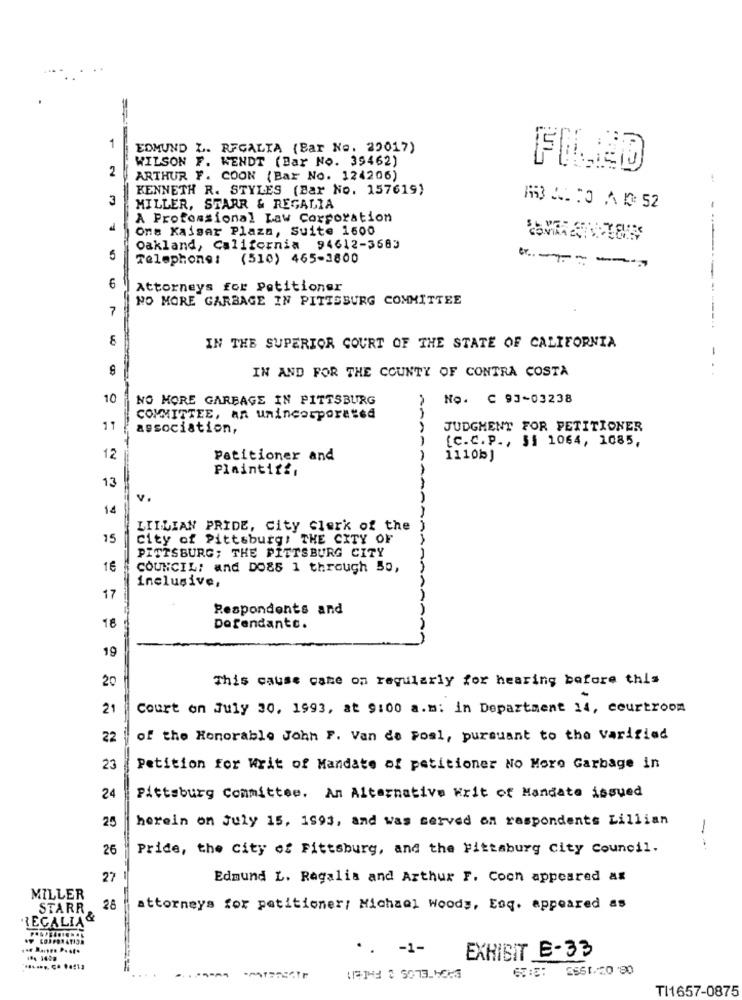
1
EDMUND L. RFGALIA (Bar No. 22017)
WILSON F. WENDT (Bar No. 39462)
2
FILED
ARTHUR F. COON (Bar No. 124206)
KENNETH R. STYLES (Bar No. 157619)
3
MILLER, STARR & REGALIA
ACTO AD 52
A Professional Law Corporation
Ons Kaiser Plaza, Suite 1600
Oakland, California 94612-3683
5
Telephone: (510) 465-3800
-
6
Attorneys for Petitioner
NO MORE GARBAGE IN PITTSBURG COMMITTEE
7
IN THE SUPERIOR COURT OF THE STATE OF CALIFORNIA
IN AND FOR THE COUNTY OF CONTRA COSTA
-..
10
NO MORE GARBAGE IN PITTSBURG
No. C 93-03238
COMMITTEE, An unincorporated
11
association,
JUDGMENT FOR PETITIONER
[C.C. P ., 51 1064, 1085,
12
Patitioner and
1110b]
Plaintiff,
13
v.
14
LILLIAN PRIDE, City Clerk of the
15
city of Pittsburg, THE CITY OF
PITTSBURG; THE PITTSBURG CITY
16
COUNCIL: and DO85 1 through So,
inclusive,
17
Respondents and
18
Defendantc.
19
This cause came on regularly for hearing before this
20
21
Court on July 30, 1993, at 9:00 a.m: in Department 14, courtroom
22
of the Honorable John F. Van de Foal, pursuant to the Varified
23
Petition for writ of Mandate of petitioner No More Garbage in
24
Pittsburg Committee. An Alternative Writ of Mandate issued
herein on July 15, 1993, and was served on respondents Lillian
25
26
Pride, the City of Fittsburg, and the Fittaburg City Council.
--
27
Edmund L. Ragalia and Arthur F. Coon appeared ax
MILLER
STARR
28
attorneys for petitioner/ Michael Woods, Esq. appeared as
REGALIAS
.. - 1-
BRDATELOS O FAIENT
EXHIBIT E-33
:: 2561.20'90
-
TI1657-0875